Source: Computer-generated
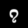
Digit: ၇ (7)